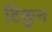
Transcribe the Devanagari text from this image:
टिकुन